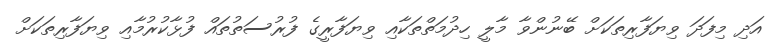
އަދި މިފަދަ ވިޔަފާރިތަކަށް ބޭނުންވާ މާލީ ހިދުމަތްތަކާއި ވިޔަފާރީގެ ފުރުސަތުތައް ފުޅާކުރުމާއި ވިޔަފާރިތަކަށް